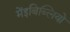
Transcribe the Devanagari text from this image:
मेंइबिब्लियो